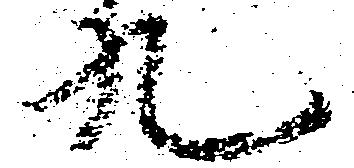
九